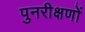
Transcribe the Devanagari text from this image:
पुनरीक्षणों